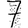
Digit: 7